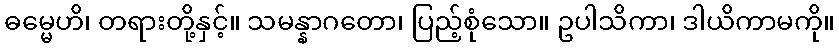
ဓမ္မေဟိ၊ တရားတို့နှင့်။ သမန္နာဂတော၊ ပြည့်စုံသော။ ဥပါသိကာ၊ ဒါယိကာမကို။